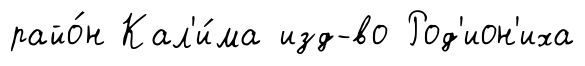
райо́н Кал'и́ма изд-во Род'ион'иха